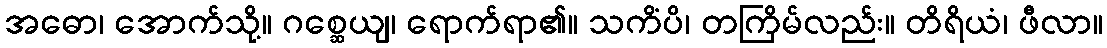
အဓော၊ အောက်သို့။ ဂစ္ဆေယျ၊ ရောက်ရာ၏။ သကိံပိ၊ တကြိမ်လည်း။ တိရိယံ၊ ဖီလာ။